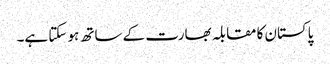
پاکستان کا مقابلہ بھارت کے ساتھ ہو سکتا ہے۔